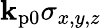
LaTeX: \mathbf{k}_{\mathrm{{p0}}}\sigma_{x,y,z}